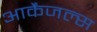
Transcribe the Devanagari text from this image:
आर्केंजल्स